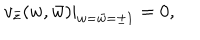
LaTeX: v _ { \bar { z } } ( w , \bar { w } ) | _ { w = \bar { w } = \pm 1 } = 0 ,